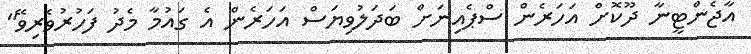
އާޖެންޓީނާ ދޫކޮށް އަހަރެން ސްޕެއިނަށް ބަދަލުވިޔަސް އަހަރެން އެ ގައުމާ މެދު ފަހުރުވެރިވޭ"